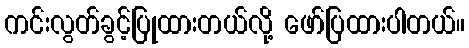
ကင်းလွတ်ခွင့်ပြုထားတယ်လို့ ဖော်ပြထားပါတယ်။